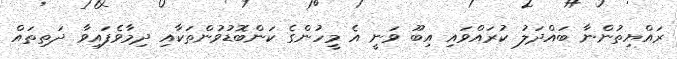
ރައްޔިތުންނާ ބައްދަލު ކުރައްވައި އިބޫ ވަނީ އެ މީހުންގެ ކަންބޮޑުވުންތަކާއި ދިމާވެފައިވާ ދަތިތައް